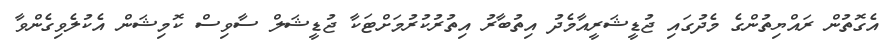
އެގޮތުން ރައްޔިތުންގެ މެދުގައި ޖުޑީޝަރީއާމެދު އިތުބާރު އިތުރުކުރުމަށްޓަކާ ޖުޑީޝަލް ސާވިސް ކޮމިޝަން އެކުލެވިގެންވާ